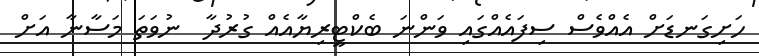
ހަށިގަނޑަށް އެއްވެސް ސިފައެއްގައި ވަންނަ ބެކްޓީރިޔާއެއް ގުރުދާ  ނުވަތަ މަސާނާ އަށް